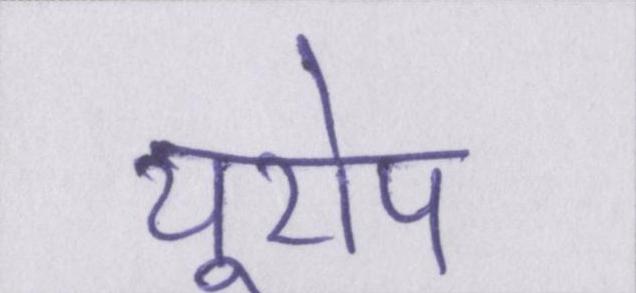
यूरोप